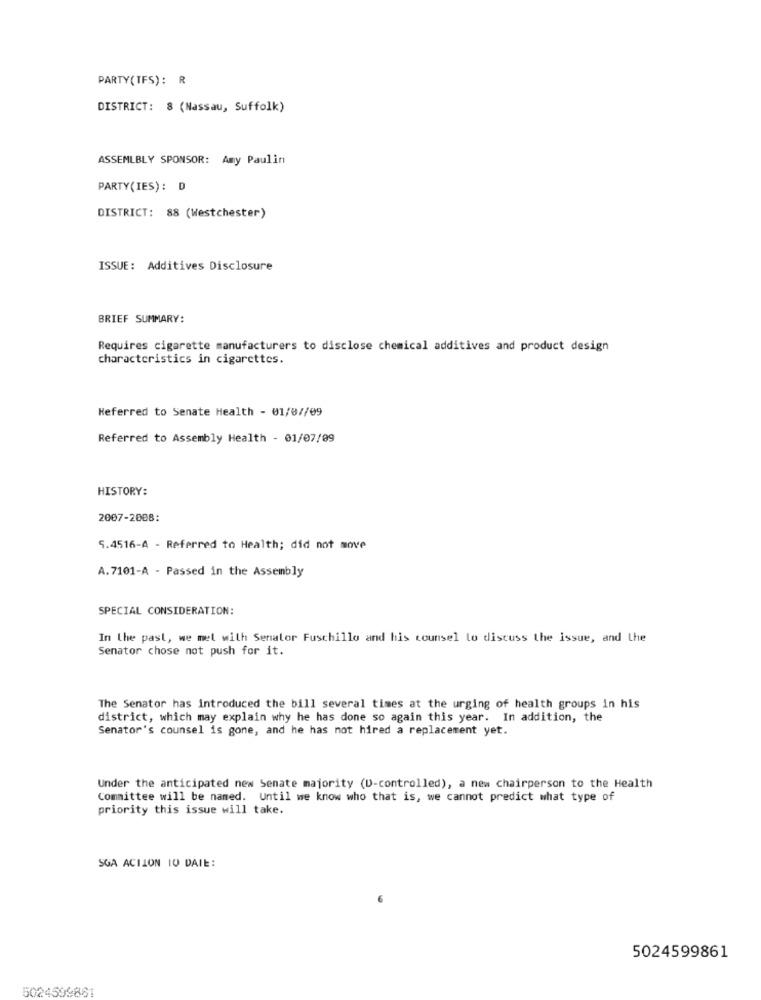
PARTY(TFS): R
DISTRICT: 8 (Nassau, Suffolk)
ASSEMLBLY SPONSOR: Amy Paulin
PARTY(IES): D
DISTRICT: 88 (Westchester)
ISSUE: Additives Disclosure
BRIEF SUMMARY:
Requires cigarette manufacturers to disclose chemical additives and product design
characteristics in cigarettes.
Referred to Senate Health - 01/07/09
Referred to Assembly Health - 01/07/09
HISTORY:
2007-2008:
5.4516-A - Referred to Health; did not move
A. 7101-A - Passed in the Assembly
SPECIAL CONSIDERATION:
In the past, we met with Senator Fuschillo and his counsel lo discuss the issue, and the
Senator chose not push for it.
The Senator has introduced the bill several times at the urging of health groups in his
district, which may explain why he has done so again this year. In addition, the
Senator's counsel is gone, and he has not hired a replacement yet.
Under the anticipated new Senate majority (D-controlled), a new chairperson to the Health
Committee will be named. Until we know who that is, we cannot predict what type of
priority this issue will take.
SGA ACTION 10 DAIE:
5024599861
5024599861